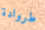
طروادة